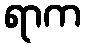
ရာက